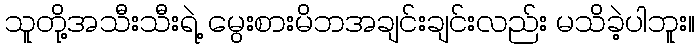
သူတို့အသီးသီးရဲ့ မွေးစားမိဘအချင်းချင်းလည်း မသိခဲ့ပါဘူး။